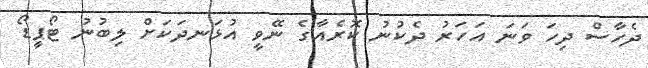
ދެހާސް ދިހަ ވަނަ އަހަރު ދެކުނު ކޮރެއާގެ ނޭވީ އުޅަނދަކަށް ލިބުނު ޓޯޕީޑޯ